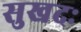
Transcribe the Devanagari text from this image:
सुखदः